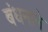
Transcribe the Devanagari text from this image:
बंधनाने